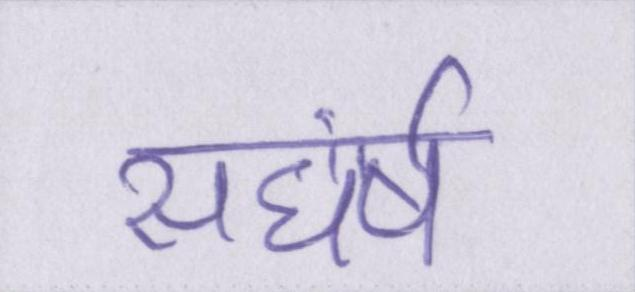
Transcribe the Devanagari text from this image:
सघंर्ष